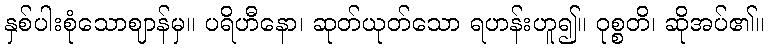
နှစ်ပါးစုံသောဈာန်မှ။ ပရိဟီနော၊ ဆုတ်ယုတ်သော ရဟန်းဟူ၍။ ဝုစ္စတိ၊ ဆိုအပ်၏။